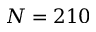
N = 2 1 0